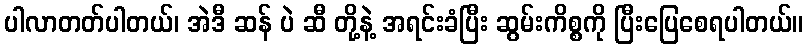
ပါလာတတ်ပါတယ်၊ အဲဒီ ဆန် ပဲ ဆီ တို့နဲ့ အရင်းခံပြီး ဆွမ်းကိစ္စကို ပြီးပြေစေရပါတယ်။